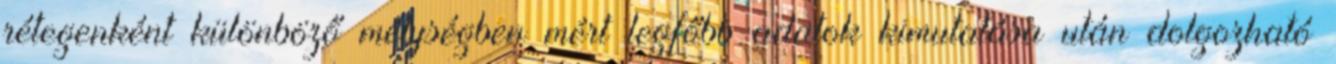
rétegenként különböző mélységben mért legfőbb adatok kimutatása után dolgozható